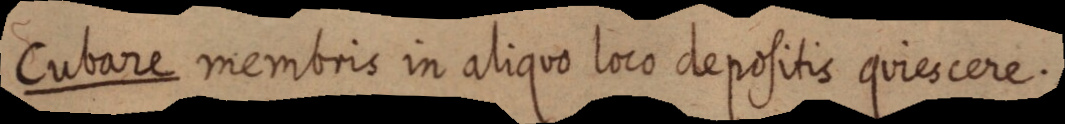
Cubare membris in aliquo loco depositis quiescere.